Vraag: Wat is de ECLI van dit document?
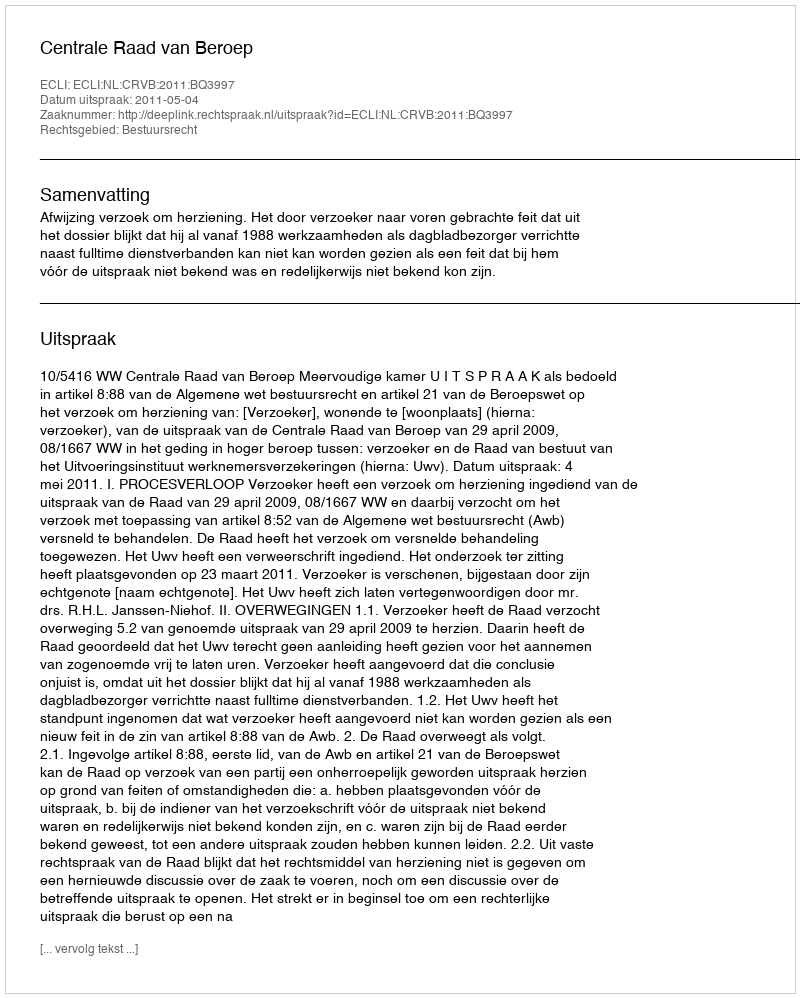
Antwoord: ECLI:NL:CRVB:2011:BQ3997